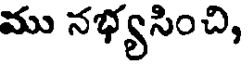
ము నభ్యసించి,